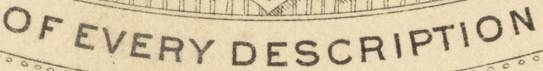
OF EVERY DESCRIPTION